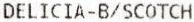
DELICIA-B/SCOTCH